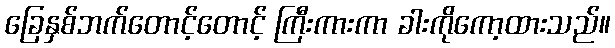
ခြေနှစ်ဘက်တောင့်တောင့် ကြီးကားကာ ခါးကိုကော့ထားသည်။